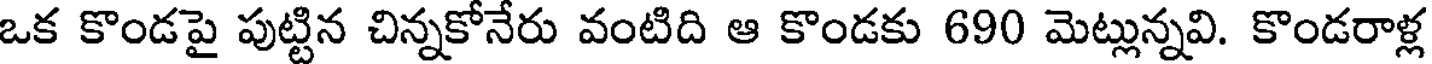
ఒక కొండపై పుట్టిన చిన్నకోనేరు వంటిది ఆ కొండకు 690 మెట్లున్నవి. కొండరాళ్ల